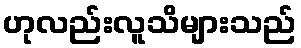
ဟုလည်းလူသိများသည်